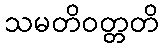
သမတိဝတ္တတိ